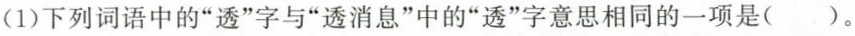
(1)下列词语中“透消息”中的“透”字意思相同的一项是（）。